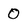
Character: 0